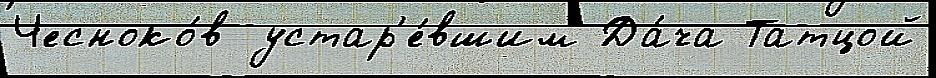
Чесноко́в устар'е́вшим Да́ча Татцой